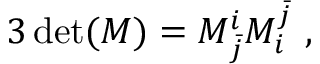
3 \operatorname * { d e t } ( M ) = M _ { \bar { j } } ^ { i } { \cal M } _ { i } ^ { \bar { j } } ~ ,